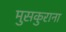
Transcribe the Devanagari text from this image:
मुसकुराना